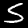
Label: 5